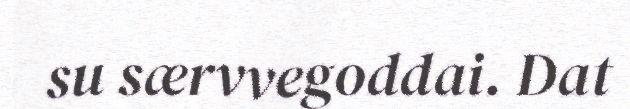
su særvvegoddai. Dat